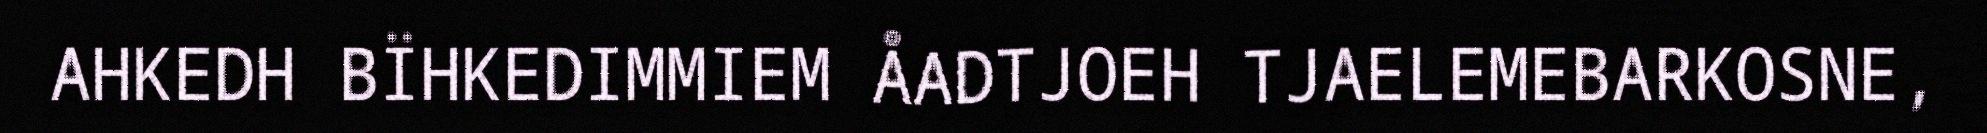
AHKEDH BÏHKEDIMMIEM ÅADTJOEH TJAELEMEBARKOSNE,